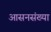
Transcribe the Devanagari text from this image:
आसनसंख्या